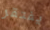
يفتقر